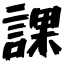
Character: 課